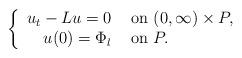
LaTeX: \begin{align*}\left\{\begin{array}{rl}u_t-Lu=0 & \hbox{ on } (0,\infty)\times P,\\ u(0) = \Phi_l& \hbox{ on } P. \end{array} \right.\end{align*}